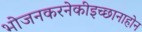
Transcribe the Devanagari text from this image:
भोजनकरनेकीइच्छानाहोन